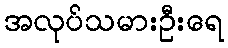
အလုပ်သမားဦးရေ